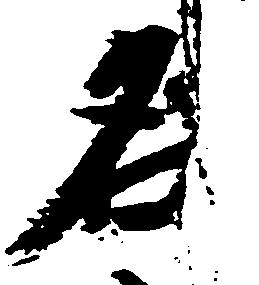
名